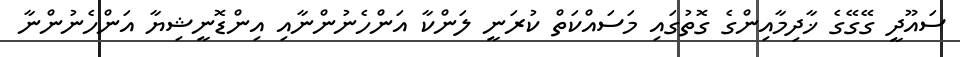
ސައޫދީ ގޭގޭގެ ޚާދިމާއިންގެ ގޮތުގައި މަސައްކަތް ކުރަނީ ލަންކާ އަންހެނުންނާއި އިންޑޮނީޝިޔާ އަންހެނުންނާ